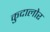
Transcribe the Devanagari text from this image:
कुदालोर